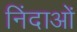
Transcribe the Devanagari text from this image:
निंदाओं